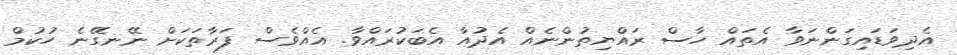
އެދިވަޑައިގަންނަވާ އެތައް ހާސް ރައްޔިތުންނެއް އެދުއާ އެބަކުރައްވާ. އެއްވެސް ފަރާތަކަށް ނޭނގޭނެ ހުކުމް